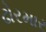
ઢોરમાર